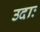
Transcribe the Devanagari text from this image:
उदाः